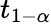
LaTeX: t_{1-\alpha}